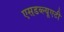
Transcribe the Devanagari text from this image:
एसडब्ल्यूएटी